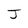
Character: J